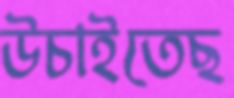
উচাইতেছ